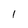
Character: I